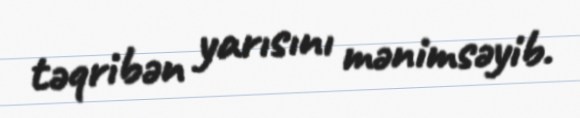
təqribən yarısını mənimsəyib.